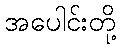
အပေါင်းတို့